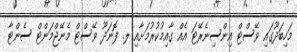
މަހިބަދޫގައި ވޭސްޓް އިންސިނެރޭޓަ އެއް ގާއިމުކުރުމަށާއި ލ. ފޮނަދޫ ވޭސްޓް މެނޭޖްމަންޓް ސެންޓާ